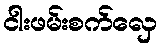
ငါးဖမ်းစက်လှေ